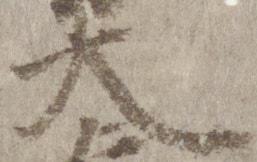
大